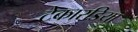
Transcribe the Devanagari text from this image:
टेकारडिया